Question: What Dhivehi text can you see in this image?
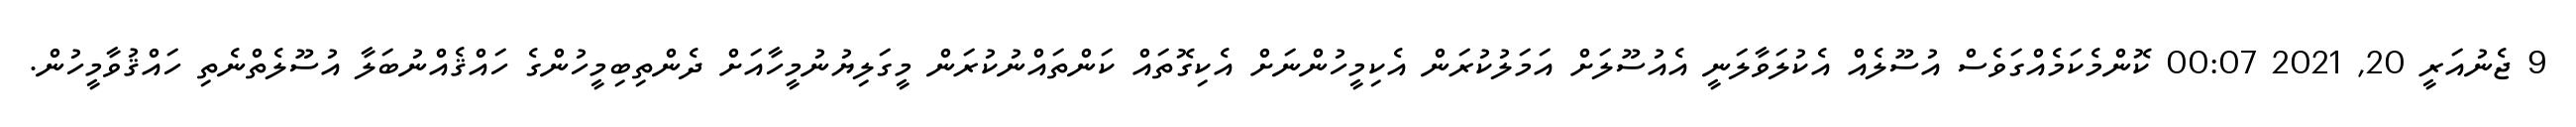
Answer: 9 ޖެނުއަރީ 20, 2021 00:07 ކޮންމެކަމެއްގަވެސް އުސޫލެއް އެކުލަވާލަނީ އެއުސޫލަށް އަމަލުކުރަން އެކިމީހުންނަށް އެކިގޮތައް ކަންތައްނުކުރަން މީގަލިޔުނުމީހާއަށް ދެންތިބިމީހުންގެ ހައްޤެއްނުބަލާ އުސޫލެތްނެތި ހައްޤުވާމީހުން.